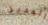
المدير